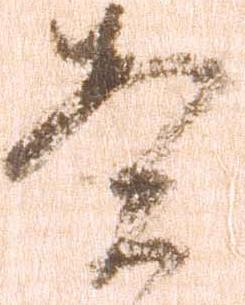
案